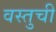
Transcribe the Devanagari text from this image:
वस्तुची